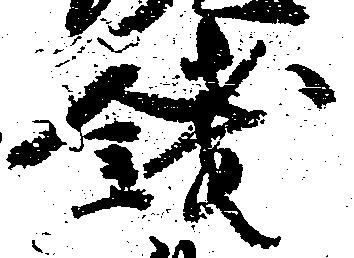
銭